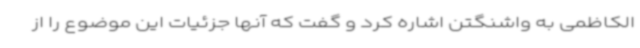
الکاظمی به واشنگتن اشاره کرد و گفت که آنها جزئیات این موضوع را از